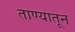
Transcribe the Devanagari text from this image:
ताण्यातून